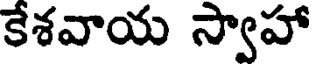
కేశవాయ స్వాహా